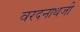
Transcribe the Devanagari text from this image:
वरदनाथजी